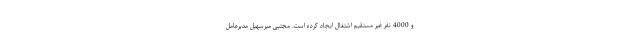
و 4000 نفر غیر مستقیم اشتغال ایجاد کرده است. مجتبی میرسهیل مدیرعامل